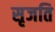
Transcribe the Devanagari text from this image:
सृजति